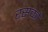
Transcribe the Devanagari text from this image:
रसको